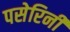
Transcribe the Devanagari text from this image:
पसेरिनी